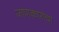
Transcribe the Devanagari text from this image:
जाणकारांचा